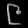
Digit: ၉